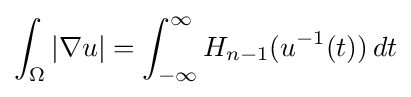
\int _{\Omega }|\nabla u|=\int _{-\infty }^{\infty }H_{n-1}(u^{-1}(t))\,dt